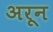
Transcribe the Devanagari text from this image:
अरून